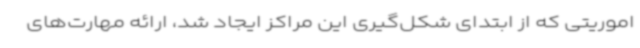
اموریتی که از ابتدای شکل‌گیری این مراکز ایجاد شد، ارائه مهارت‌های